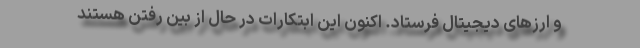
و ارزهای دیجیتال فرستاد. اکنون این ابتکارات در حال از بین رفتن هستند